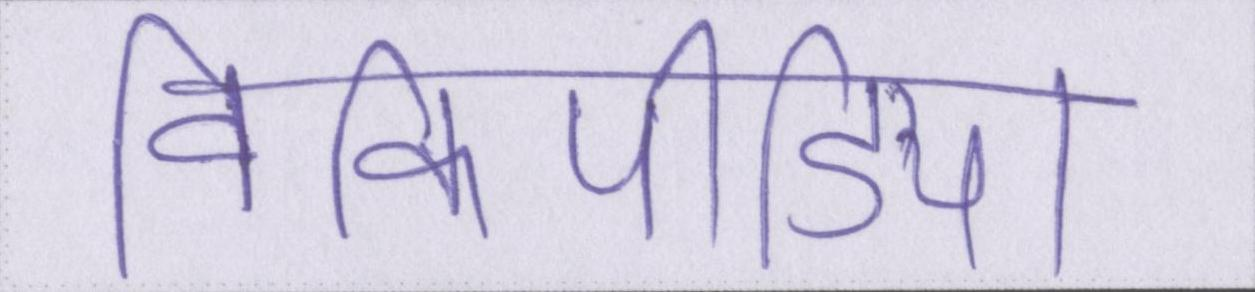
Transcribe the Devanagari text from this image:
विकिपीडिया